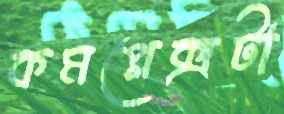
কমপ্লেক্সটা